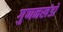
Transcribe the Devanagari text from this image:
गुणनखंडो